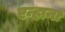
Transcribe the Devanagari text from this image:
एन्हाना